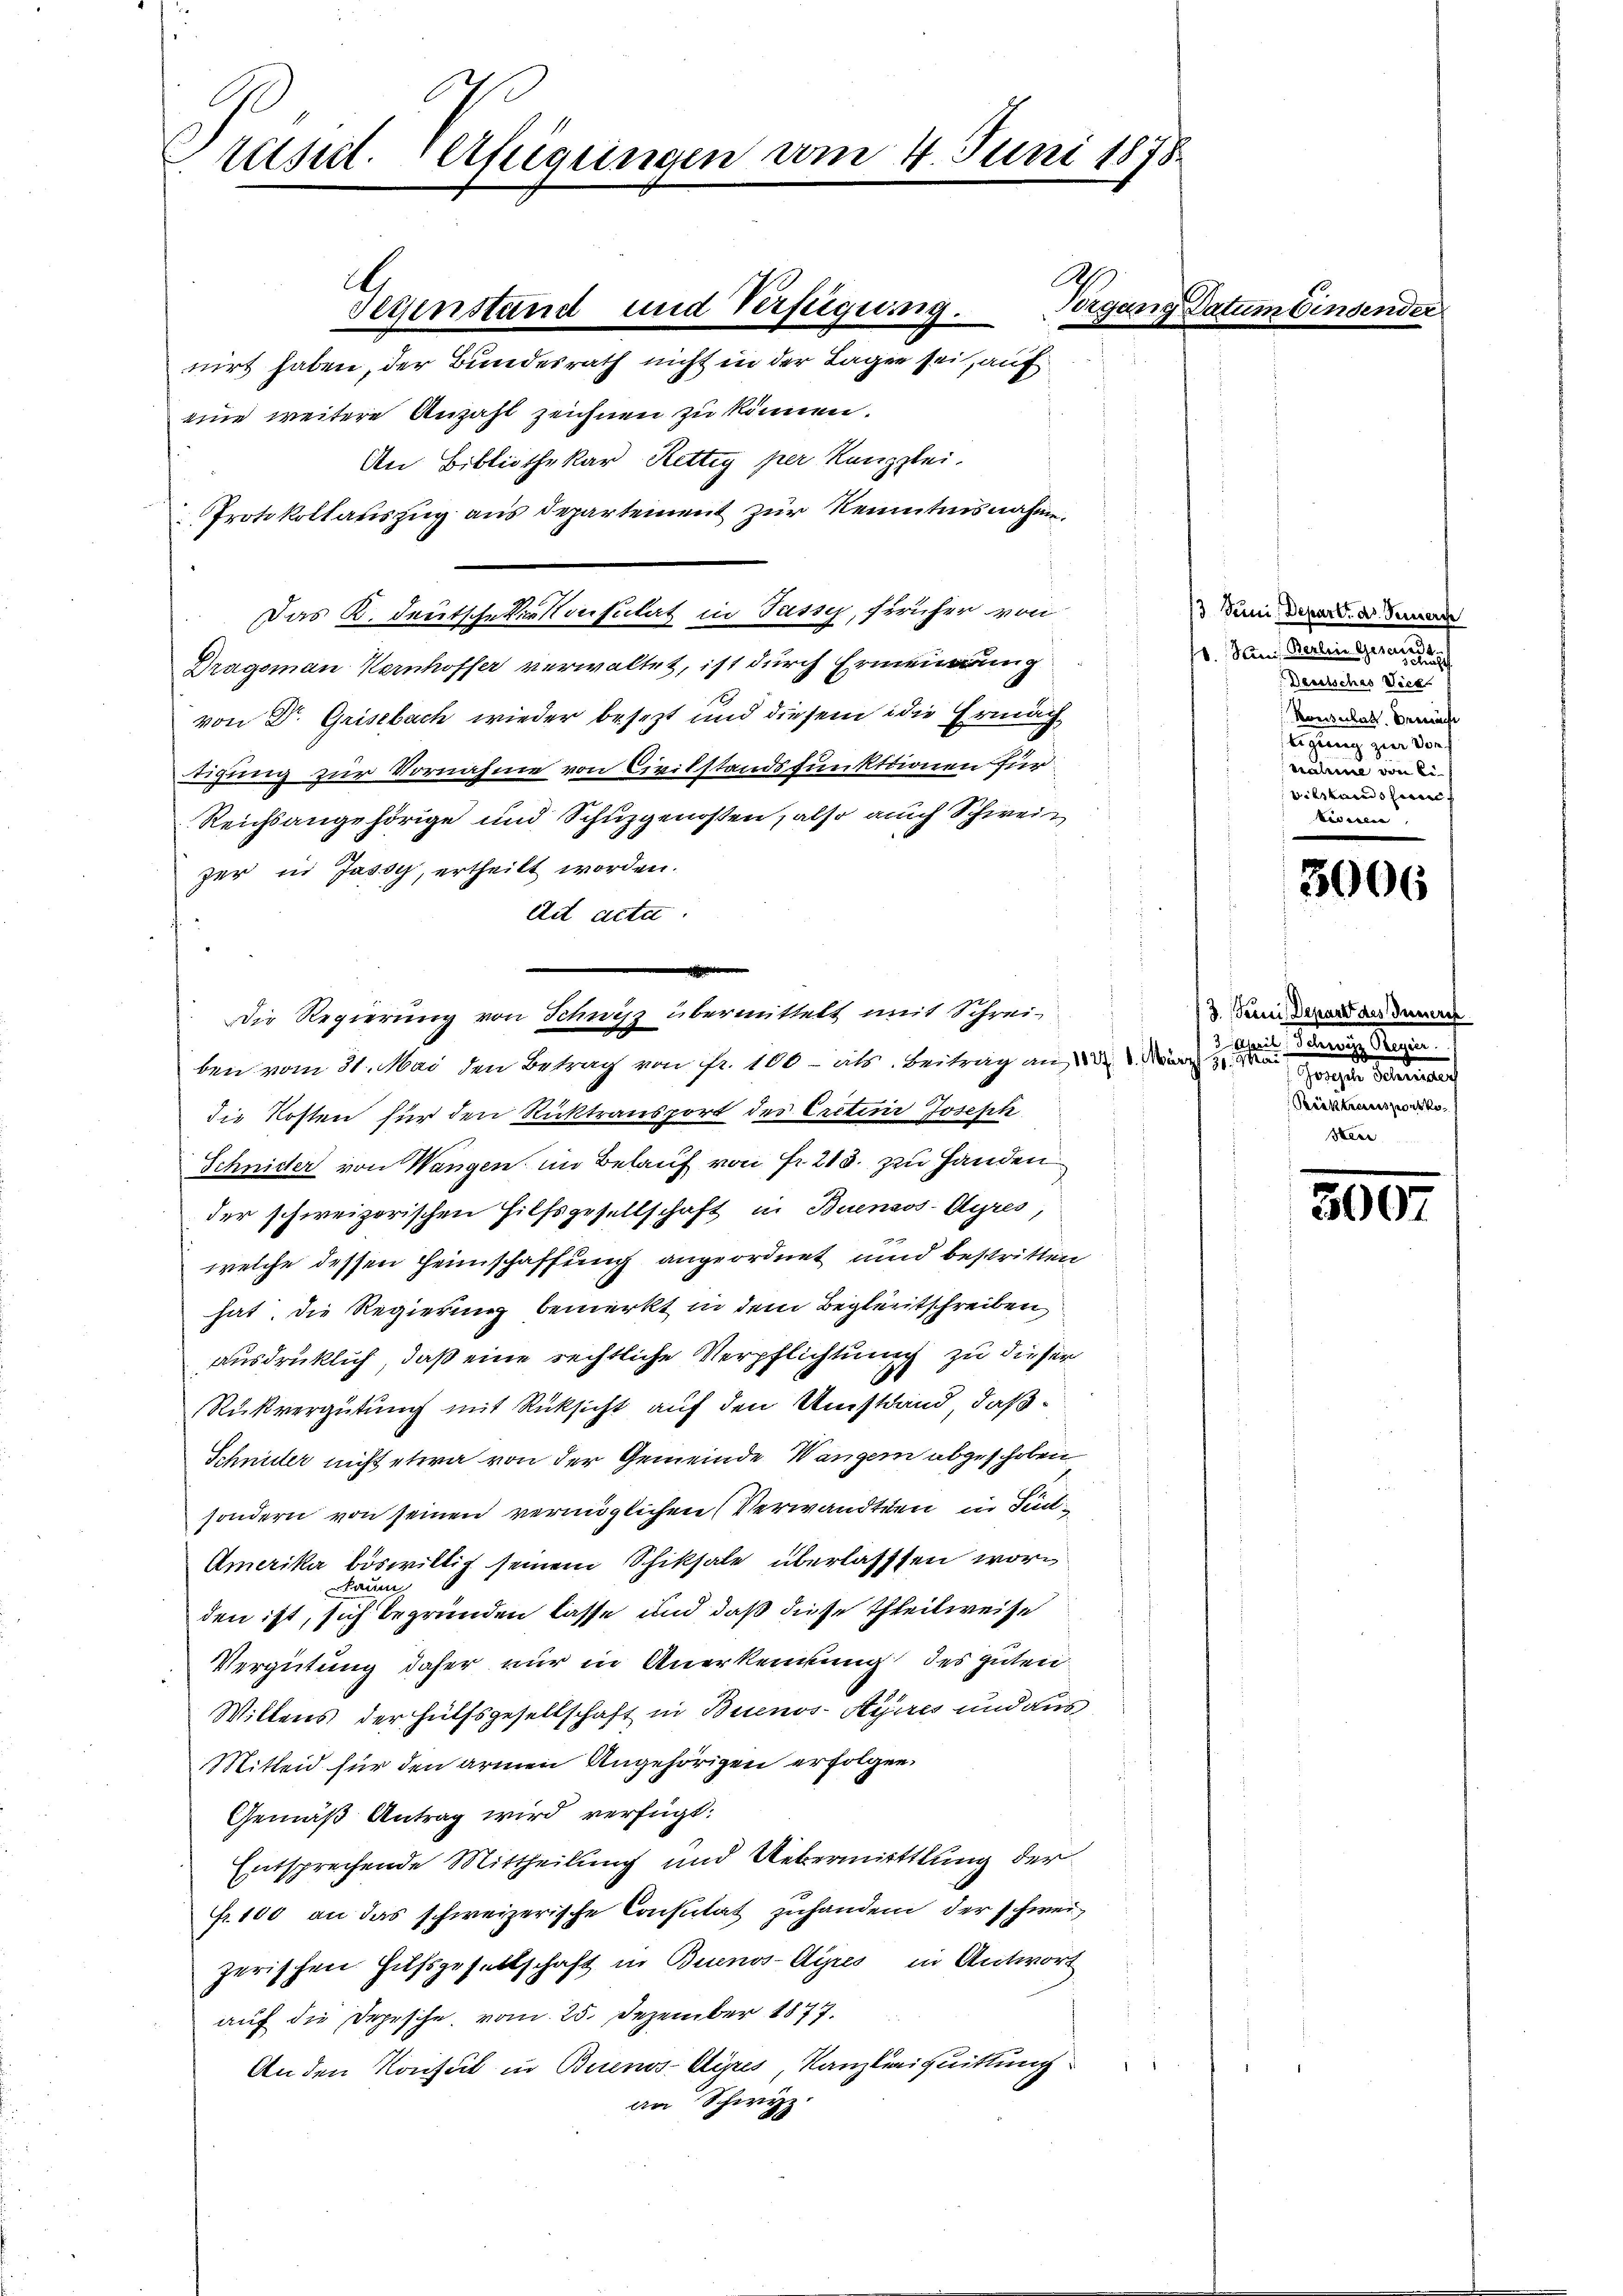
tüsit. feigungen am 4. Juni 1878.

eine weitere Anzahl zeichnen zu können.
An Bibliothekar Rettig per Kanzlei.
Protokollauszug aus Departement zur Kenntnisnahm.
Das K. Deutschekonsulat in Tasse, früher von
Dragsman Kernhoffer verwaltet, ist durch Ermeinung
von Dr. Grisebach wieder besezt und diesem die Ermächtigung zur Vornahme von Civilstandsfunktionen für
Reichsangehörige und Schuzgenossen, also auch Schweiz
zer in Jassy, ertheilt worden.
ad acta.
ben vom 31. Mai den Betrag von Fr. 100 - als Beitrag am 14. d. d. M. einen einen eine einen eine eine eine
die Kosten für den Rücktransport der Erteur Joseph
Schnider von Wangen im Belauf von Fr. 213. zu Handen
der schweizerischen Hilfsgesellschaft in Buenos-Ayres,
welche dessen Heimschaffung angeordnet und bestritten
hat, die Regierung bemerkt in dem Begleitschreiben,
ausdrücklich, daß eine rechtliche Verpflichtung zu dieser
Rükvergütung mit Rücksicht auf den Umstand, daß
Schnitter nicht etwa von der Gemeinde Wangern abgeschoben
sondern von seinen vermöglichen (Verwandten in Sin¬
Amerika böswillig seinem Schiksale überlassen workaum
den ist, sich begründen lasse und daß diese Theilweise
Vergütung daher nur in Anerkennung des gutend.
Wiltens der Hülfsgesellschaft in Buenos-Ayres und aus
Mitleid für den armen Angehörigen erfolgen.
Gemäß Antrag wird verfügt:
Entsprechende Mittheilung und Uebermittlung der
Fr. 100 an das schweizerische Consutat zuhandern der schweizerischen Hufsgesellschaft in Buenos-Ayres in Antwort
auf die Depesche vom 25. Dezember 1877.
An den Konsul in Buenos-Ayres, Kanzleiquittung
an Schwyz.

A
Tessinstand und Verfügung.
nirt haben, der Bundesrath nicht in der Lagen sei, auf

Die Regierung von Schnitz übermittelt mit Schrei

A
Vorgang Par

/3 Juni, Depart. d. Bemerc
10. Jan. Basler Generals

Konsulats. bemächt
beginnen Dorf
ralen von
Bilstand hief
teveren

3000

13. Seini Depart des Innere
Manierungsrege
Rücktransportko
sterr

300